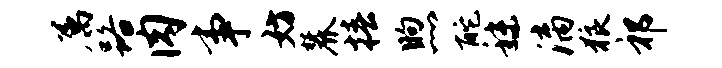
属路肉事妨麓椿煦酡秣漓狼祁